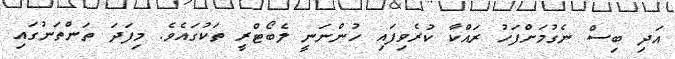
އަދި ބިސް ނެގުމަށްފަހު ރައްކާ ކުރެވިފައި ހުންނަނީ ލެބޯޓްރީ ތަކުގައެވެ. މިފަދަ ތަންތަނުގައި